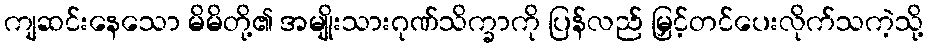
ကျဆင်းနေသော မိမိတို့၏ အမျိုးသားဂုဏ်သိက္ခာကို ပြန်လည် မြှင့်တင်ပေးလိုက်သကဲ့သို့